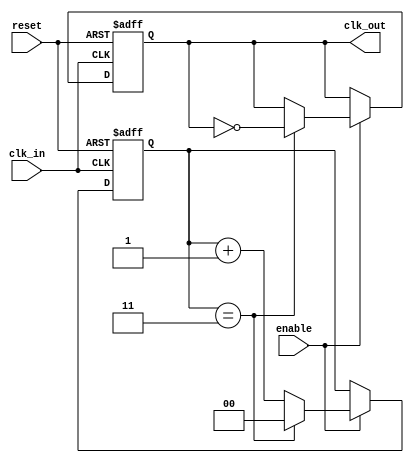
module clock_divider #(
    parameter DIV_FACTOR = 4 // Division factor (must be > 0)
)(
    input wire clk_in,            // Input clock signal
    input wire reset,             // Reset signal (active high)
    input wire enable,            // Enable signal (active high)
    output reg clk_out            // Output clock signal
);

// Local parameters
localparam COUNTER_WIDTH = $clog2(DIV_FACTOR); // Calculate the required width for the counter

// Counter variable
reg [COUNTER_WIDTH-1:0] counter; // Counter for the division

// Always block triggered on rising edge of input clock
always @(posedge clk_in or posedge reset) begin
    if (reset) begin
        counter <= 0;               // Reset counter
        clk_out <= 1'b0;            // Reset output clock
    end else if (enable) begin
        if (counter == DIV_FACTOR - 1) begin
            counter <= 0;           // Reset counter
            clk_out <= ~clk_out;    // Toggle output clock
        end else begin
            counter <= counter + 1;  // Increment counter
        end
    end
end

endmodule